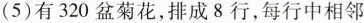
(5)有320盆菊花，排成8行，每行中相邻